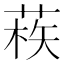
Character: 𦳿